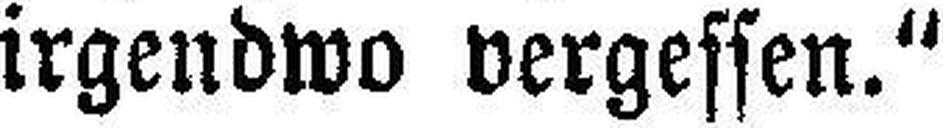
irgendwo vergessen."